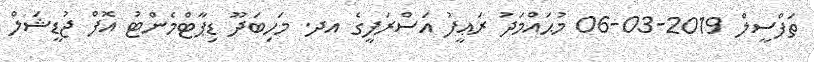
ތަފްސީލް 2019-03-06 މުޙައްމަދު ރަޢީފު އަސްރަފީގެ އދ. މަހިބަދޫ ޑިޕާޓްމެންޓު އޮފް ޖުޑީޝަލް